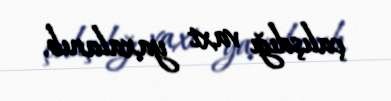
çalışdığı vaxt yaxalanıb.